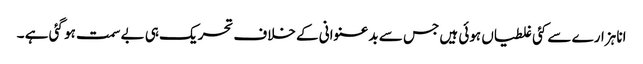
انا ہزارے سے کئی غلطیاں ہوئی ہیں جس سے بدعنوانی کے خلاف تحریک ہی بے سمت ہو گئی ہے ۔